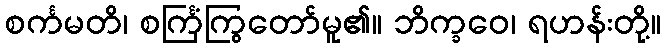
စင်္ကမတိ၊ စင်္ကြံကြွတော်မူ၏။ ဘိက္ခဝေ၊ ရဟန်းတို့။